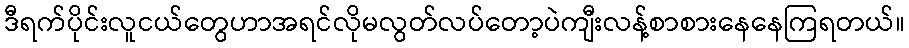
ဒီရက်ပိုင်းလူငယ်တွေဟာအရင်လိုမလွတ်လပ်တော့ပဲကျီးလန့်စာစားနေနေကြရတယ်။